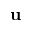
\mathbf { u }